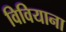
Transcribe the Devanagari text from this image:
विवियाना